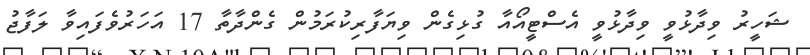
ޝަހީރު ވިދާޅުވީ ވިދާޅުވީ އެސްޓީއޯއާ ގުޅިގެން ވިޔަފާރިކުރަމުން ގެންދާތާ 17 އަހަރުވެފައިވާ ލަފާޖު